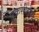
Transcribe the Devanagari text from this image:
एकसीलेंस